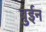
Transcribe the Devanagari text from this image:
बुईन